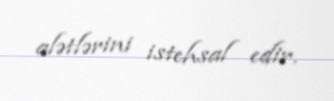
alətlərini istehsal edir.